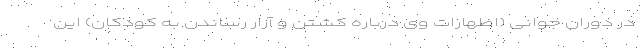
در دوران جوانی (اظهارات وی درباره کشتن و آزار رساندن به کودکان) این